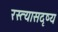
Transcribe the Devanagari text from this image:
रस्त्यासदृष्य